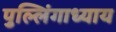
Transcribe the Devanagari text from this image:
पुल्लिंगाध्याय